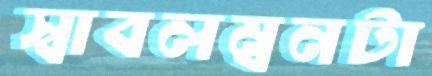
স্বাবলম্বনটা